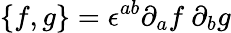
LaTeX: \{ f,g\} =\epsilon^{ab}\partial_{a}f~\partial_{b}g